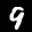
Label: 9